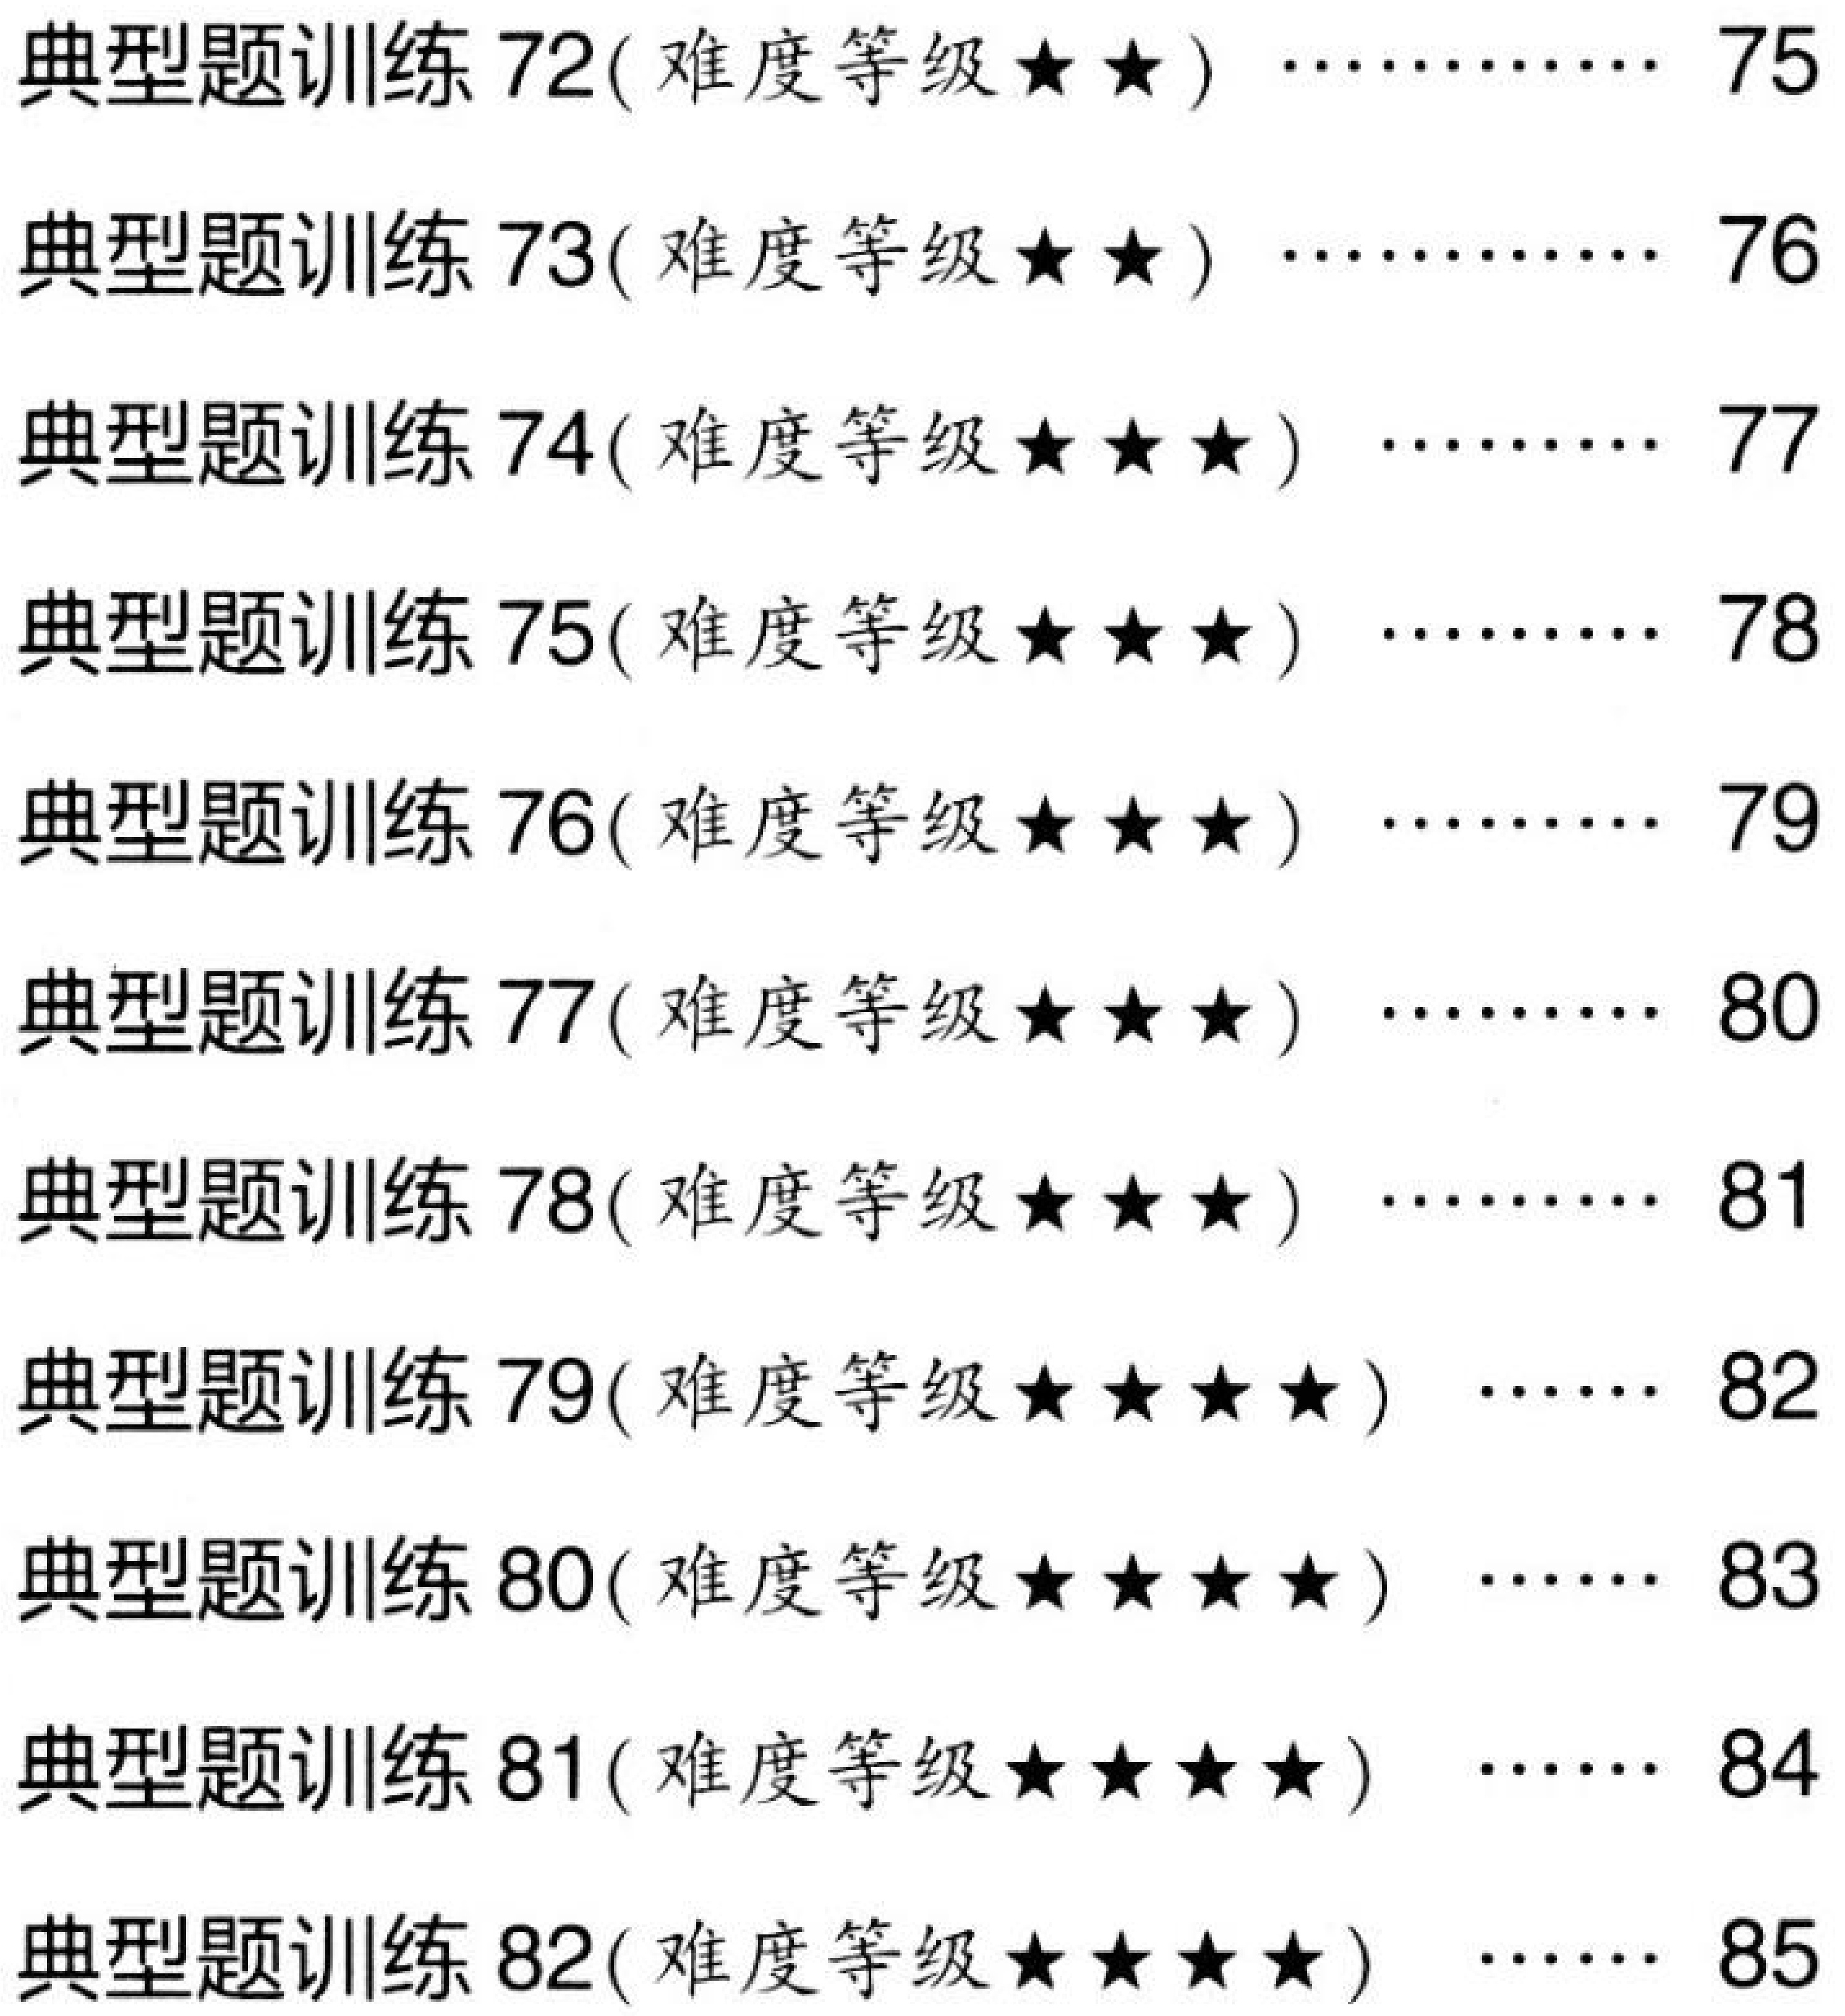
典型题训练 72(难度等级★★) ……… 75
典型题训练 73(难度等级★★) ……… 76
典型题训练 74(难度等级★★★) …… 77
典型题训练 75(难度等级★★★) …… 78
典型题训练 76(难度等级★★★) …… 79
典型题训练 77(难度等级★★★) …… 80
典型题训练 78(难度等级★★★) …… 81
典型题训练 79(难度等级★★★★) … 82
典型题训练 80(难度等级★★★★) … 83
典型题训练 81(难度等级★★★★) … 84
典型题训练 82(难度等级★★★★) … 85